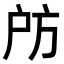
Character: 𢨲